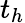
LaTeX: t_{h}